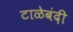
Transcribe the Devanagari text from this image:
टाळेबंदी